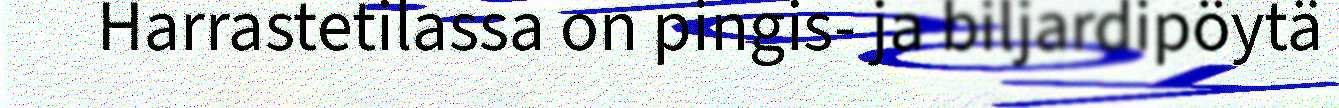
Harrastetilassa on pingis- ja biljardipöytä